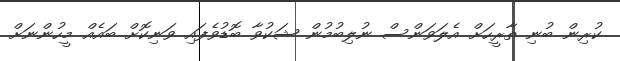
ކުރިން ބުނި ތާރީހަށް އެލަވަންސް ނުލިބުމުން ޝަކުވާ ބޮޑުވެފައި ވަނިކޮށް ބައެއް މީހުންނަށް